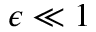
\epsilon \ll 1